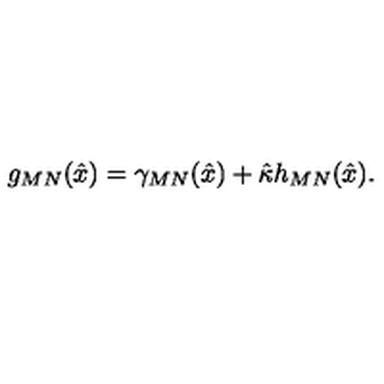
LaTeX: g _ { M N } ( \hat { x } ) = \gamma _ { M N } ( \hat { x } ) + \hat { \kappa } h _ { M N } ( \hat { x } ) .